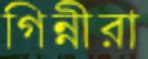
গিন্নীরা